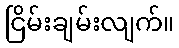
ငြိမ်းချမ်းလျက်။